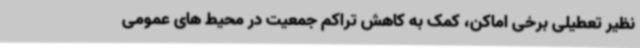
نظیر تعطیلی برخی اماکن، کمک به کاهش تراکم جمعیت در محیط های عمومی